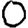
Digit: 0